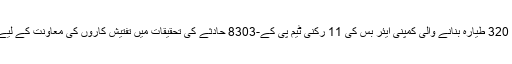
اس کے علاوہ اے 320 طیارہ بنانے والی کمپنی ایئر بس کی 11 رکنی ٹیم پی کے-8303 حادثے کی تحقیقات میں تفتیش کاروں کی معاونت کے لیے پاکستان آئی تھی۔